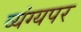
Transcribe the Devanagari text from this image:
व्यंग्यपर